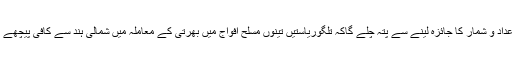
ان اعداد و شمار کا جائزہ لینے سے پتہ چلے گاکہ تلگوریاستیں تینوں مسلح افواج میں بھرتی کے معاملہ میں شمالی ہند سے کافی پیچھے ہیں۔